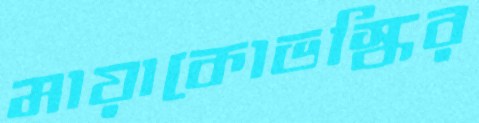
মায়াকোভস্কির